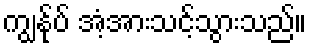
ကျွန်ုပ် အံ့အားသင့်သွားသည်။